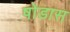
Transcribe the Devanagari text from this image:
षोडास